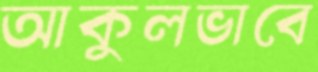
আকুলভাবে